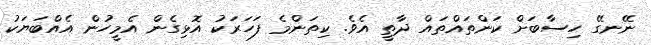
ނޭނގޭ ހިސާބަށް ކަންތައްތައް ދާތީ އެވެ. ކިތަންމެ ފަހަރަކު އޮޅިގެން އެމީހުން އެއްބަޔަކު